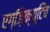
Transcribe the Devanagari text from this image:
एग्ज़िक्यूटिव